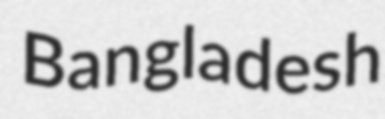
Bangladesh